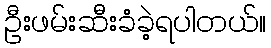
ဦးဖမ်းဆီးခံခဲ့ရပါတယ်။